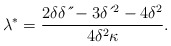
\begin{align*}\lambda^{\ast}=\frac{2\delta \delta \,\acute{}\,\acute{}-3\delta \,\acute{}\,^{2}-4\delta^{2}}{4\delta^{2}\kappa}. \end{align*}